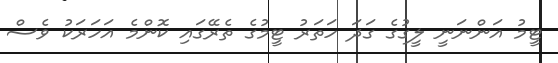
ޓީމު އަންނަނީ ލީގުގެ ގަދަ ހަތަރު ޓީމުގެ ތެރޭގައި ކޮންމެ އަހަރަކު ވެސް